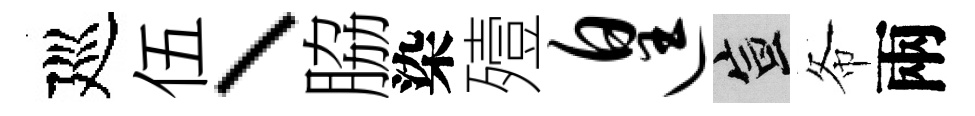
廵伍、脇染殪遑宣𢁙兩